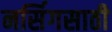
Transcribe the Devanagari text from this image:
नर्सिगसाठी